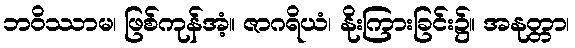
ဘဝိဿာမ၊ ဖြစ်ကုန်အံ့။ ဇာဂရိယံ၊ နိုးကြားခြင်း၌။ အနုတ္တာ၊